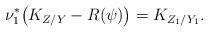
LaTeX: \begin{align*}\nu_1^*\big(K_{Z/Y}-R(\psi)\big)=K_{Z_1/Y_1}.\end{align*}